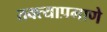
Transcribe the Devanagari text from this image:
तक्त्याप्रमाणे